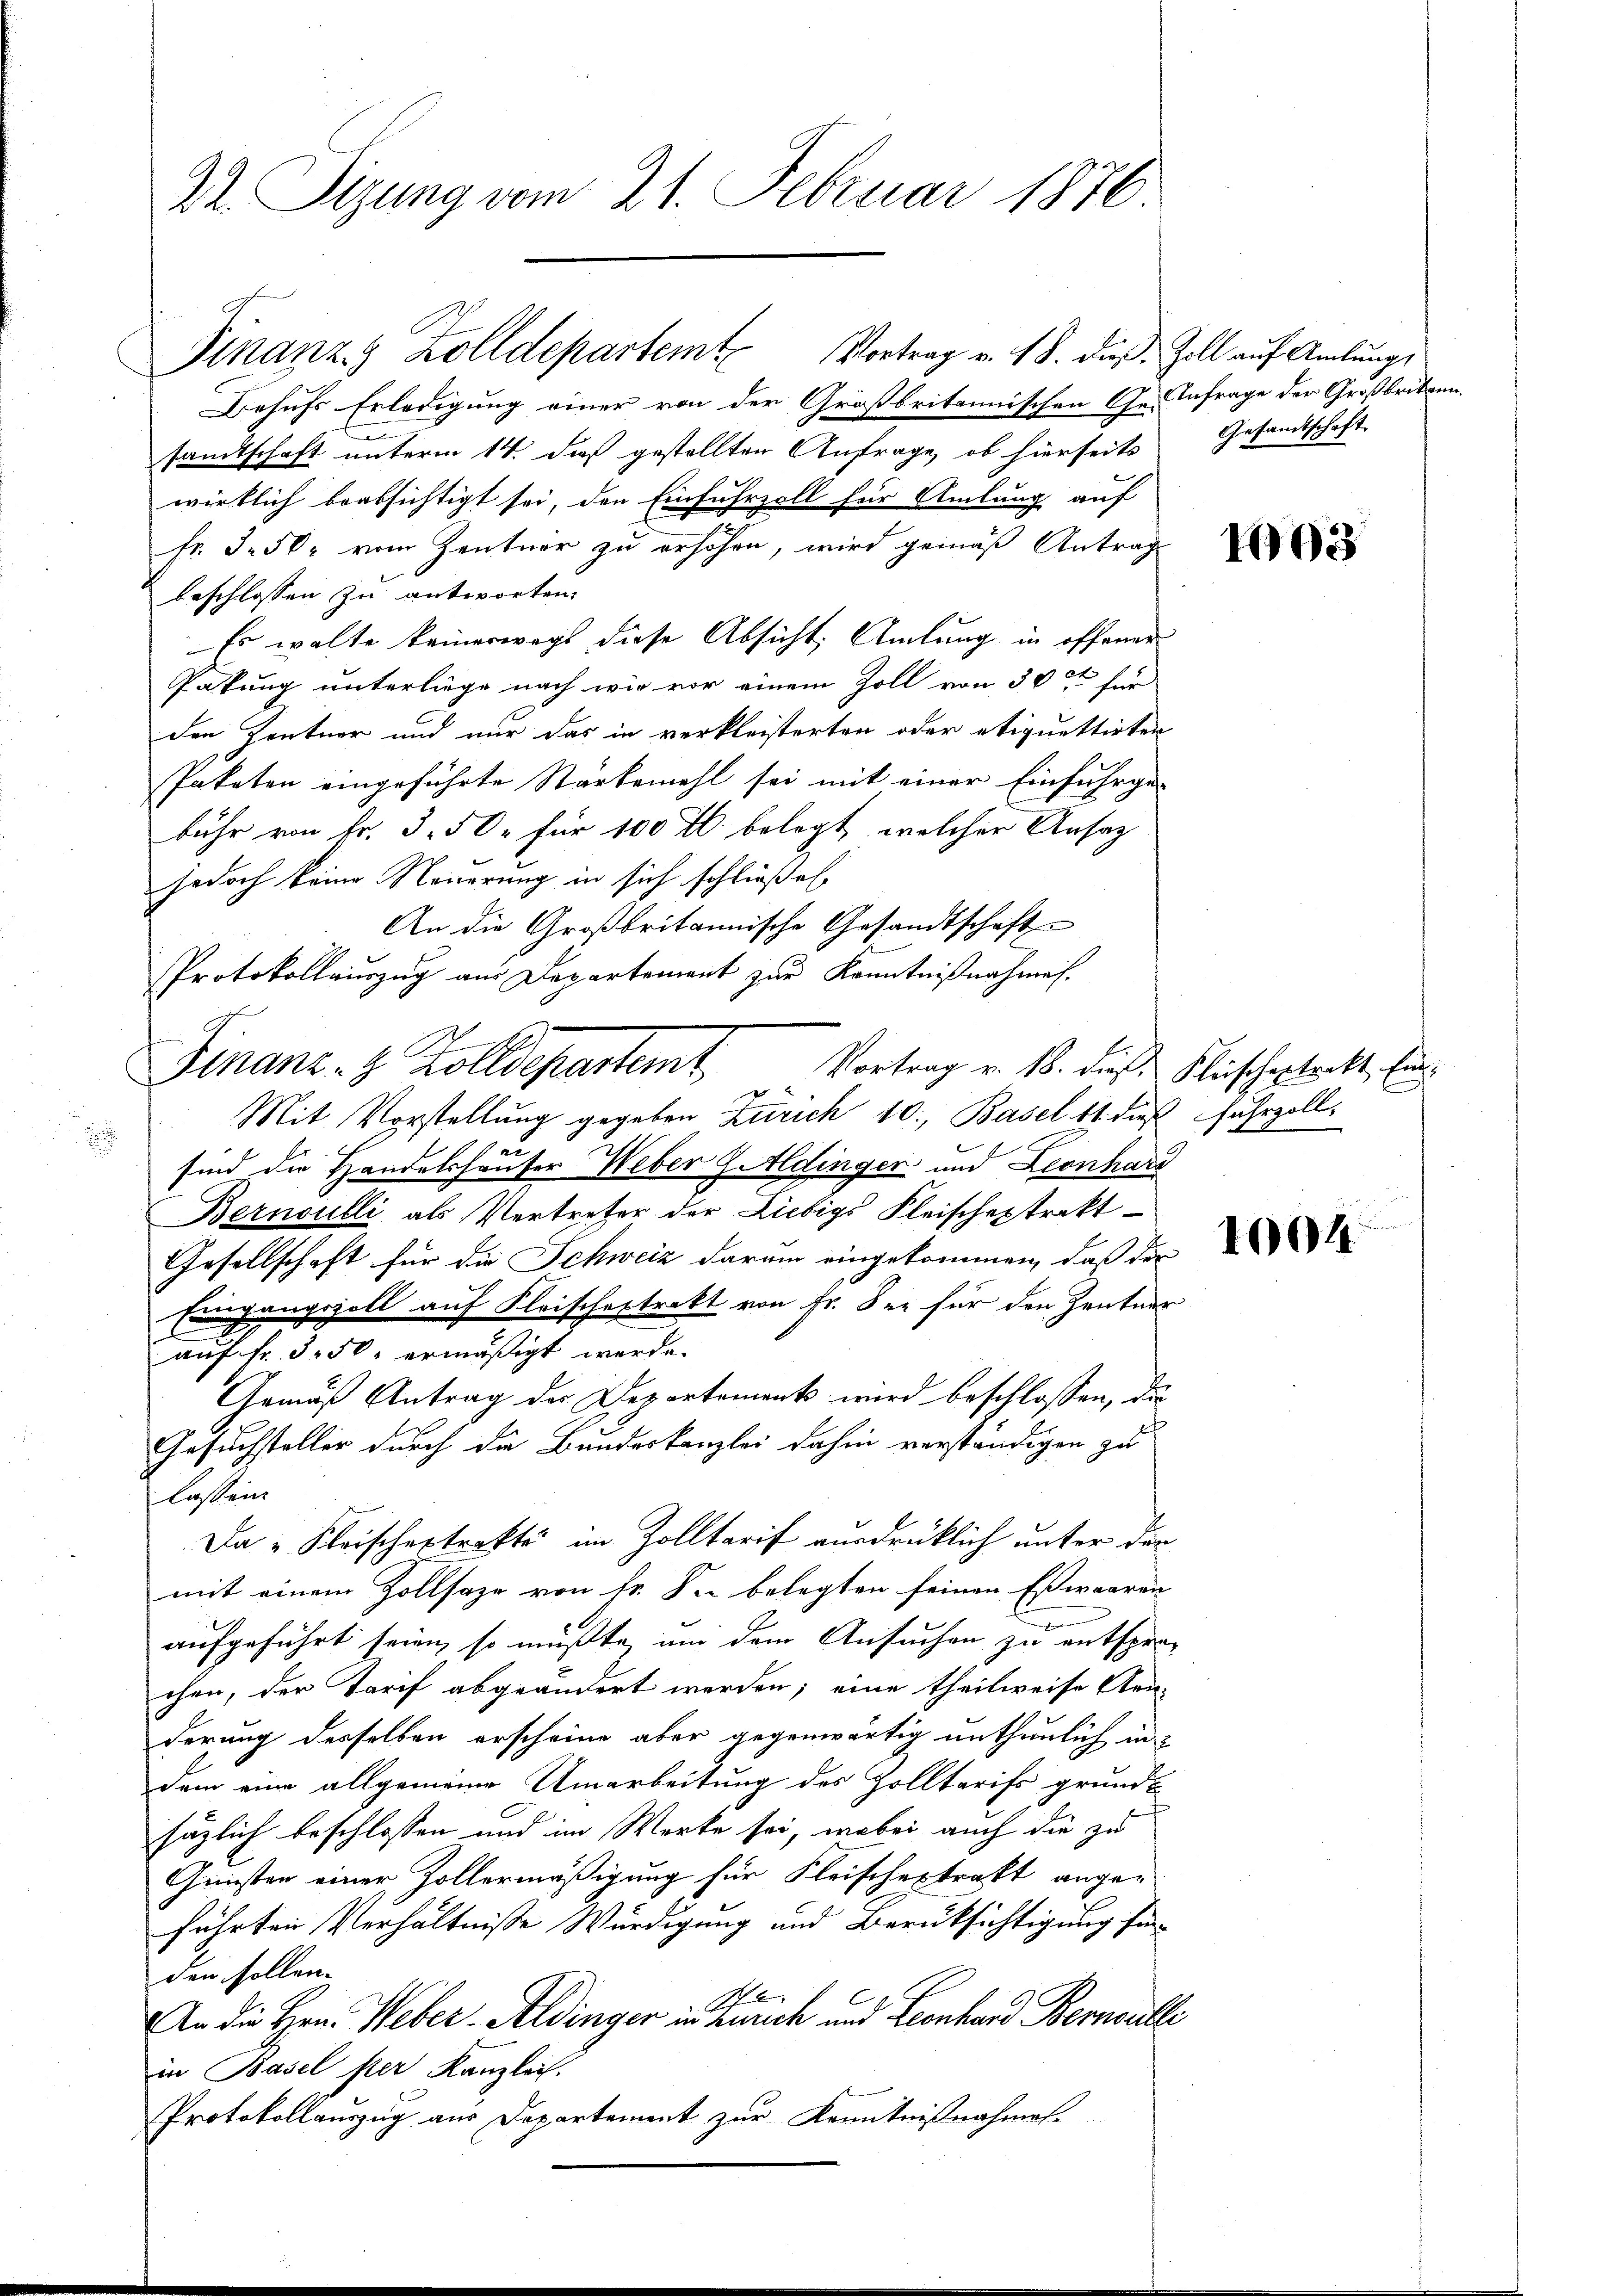
Dr. Sizung vom 21. Februar 1876

Behufs Erledigung einer von der Großbritannischen Ge- Anfrage der Großbritann
samtschaft unterm 14. daß gestellten Anfrage, ob hierseits Gesandtschaft
wirklich beabsichtigt sei, den Einfuhrzoll für Amlung auf
Fr. 3. 50 vom Zentner zu erhöhen, wird gemäß Antrag
beschlossen zu antworten.
Es walte keinerwegs diese Absicht, Amlung in offener
Patung unterliege nach wie vor einem Zoll von 300 für
den Zentner und nur das in verkleisterten oder etiquettirten
Paketen eingeführte Stärkemehl sei mit einer Einfuhrge-
bühr von Fr. 3. 50. für 100 r. belegt, welcher Ansatz
jedoch keine Neuerung in sich schließen
An die Großbritannische Gesandtschaft
Protokollauszug aus Departement zur Kenntnißnahmen.
Mit Vorstellung gegeben Zürich 10, Basel 11. dieß fuhrzollsind die Handelshäuser Weber Goldinger und Leonhard
Bernoulli als Vertreter der Liebigs Fleischeptrakt
Gesellschaft für die Schweiz darum eingekommen, daß der
Eingangszoll auf Fleischestrakt von Fr. Ser für den Zentner
auf fr. 350 ermäßigt werde.
Gemäß Antrag der Departements wird beschlossen, der
Gesuchsteller durch die Bundeskanzlei dahin verständigen zu
lassen.
Da „Frischextrakte im Zolltarif ausdrüklich unter den
mit einem Zollsaze von Fr. Sie belegten seinen Eswaaren
aufgeführt seien, so müßte, um dem Ansuchen zu entspra-
chen, der Tarif abgeändert werden; eine theilweise Gen-
derung desselben erscheine aber gegenwärtig unthunlich in
dem eine allgemeine Umarbeitung des Zolltarifs grundt
säglich beschlossen und im Worte sei, wobei auch die zu
Gunsten einer Zollermäßigung für Fleischestraft ange-
führten Verhältnisse Würdigung und Berüksichtigung finden sollen.
e
An die Hrn. Weber-Aldinger in Zürich und Leonhard Bernoulli
in Basel ser Kanzlich.
Protokollauszug aus Departement zur Kenntnißnahmen.

f

Finanz & Zolldepartem Vortrag v. 18. dieß. Zoll auf Amlungs

Finanz- & Zolldepartemt Vortrag v. 1. dieß Fischertritt, Ein¬

193

1004